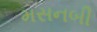
મસનબી